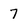
Character: 7